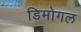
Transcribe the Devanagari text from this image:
डिमोगल